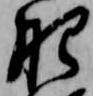
肥